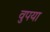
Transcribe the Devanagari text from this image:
वुपया